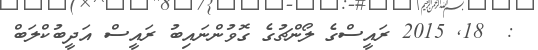
:  18